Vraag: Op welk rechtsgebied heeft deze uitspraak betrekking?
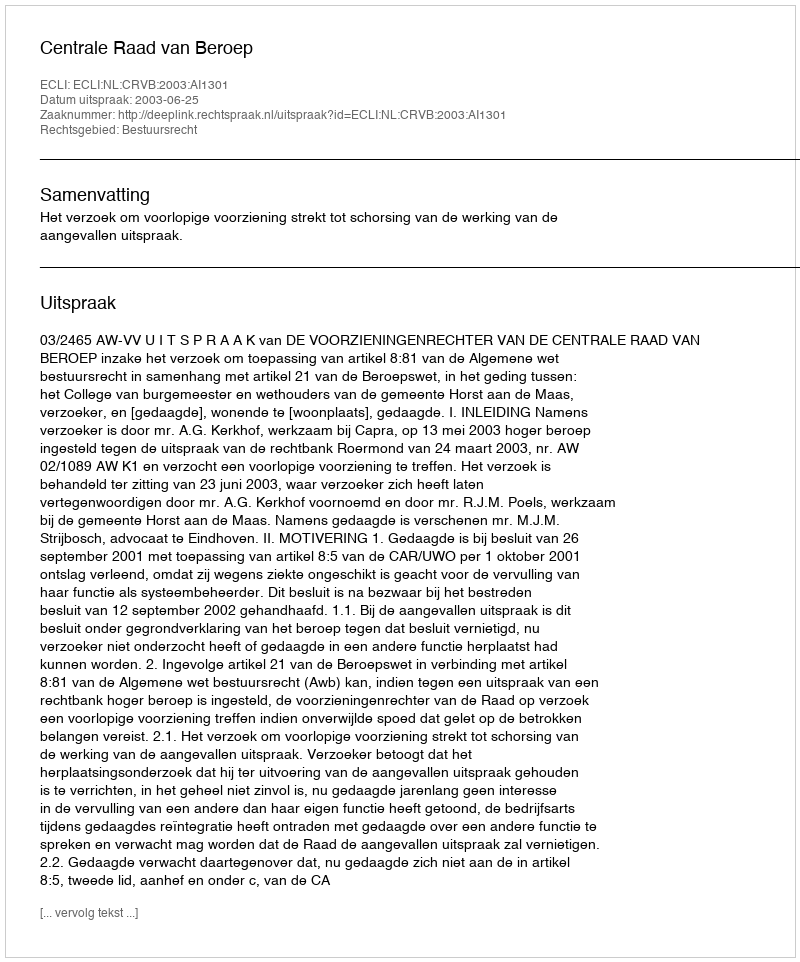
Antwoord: Bestuursrecht